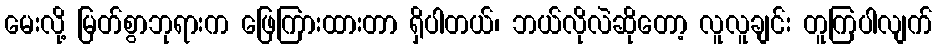
မေးလို့ မြတ်စွာဘုရားက ဖြေကြားထားတာ ရှိပါတယ်၊ ဘယ်လိုလဲဆိုတော့ လူလူချင်း တူကြပါလျက်